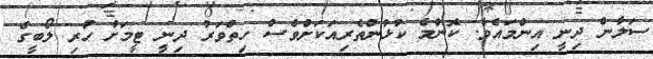
ސަލާން ދިނީ އިންމައެވެ. ކޮންމެ ކުޅުންތެރިއަކަށްވެސް ހިތްވަރު ދިނީ ޓީމަށް ހުރި ލޯބީގެ